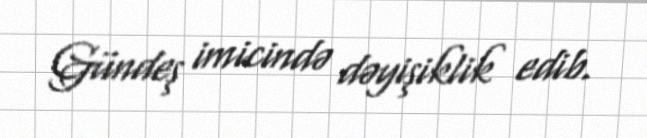
Gündeş imicində dəyişiklik edib.